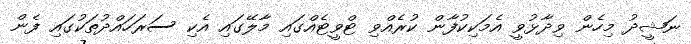
ނަޝީދު މިހެން ވިދާޅުވީ އެމަކިކުފާން ކުރެއްވި ޓްވީޓެއްގައި މާލޭގައި އެކި ސަރަހައްދުތަކުގައި ފެން